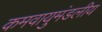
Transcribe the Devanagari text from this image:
कमवायुमंडलीय